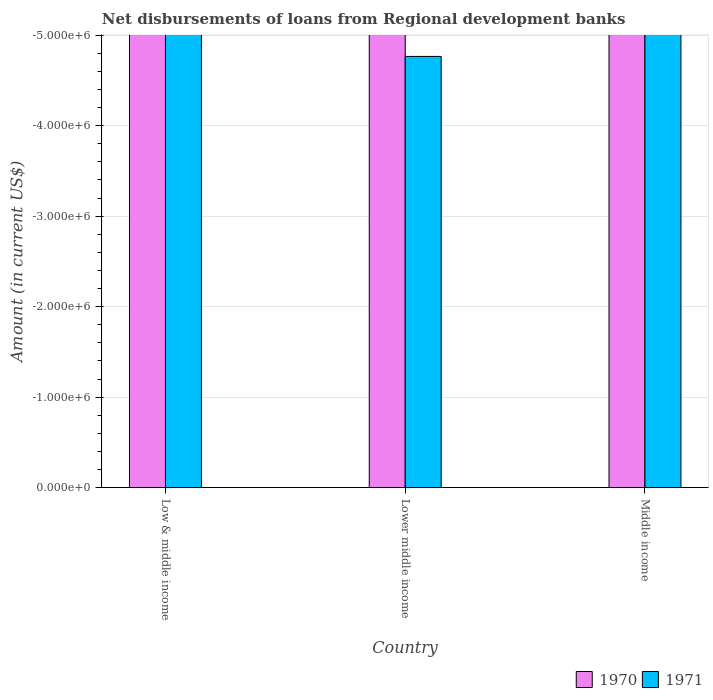
| Country | 1970 | 1971 |
 | --- | --- | --- |
 | Low & middle income | -2.02e+08 | -1.57e+07 |
 | Lower middle income | -2.02e+08 | -4.76e+06 |
 | Middle income | -2.02e+08 | -1.22e+07 |